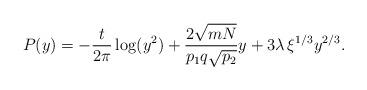
LaTeX: \begin{align*}P(y) = -\frac{t}{2\pi} \log(y^2) + \frac{2\sqrt{mN}}{p_1q \sqrt{p_2}}y + 3 \lambda\,\xi^{1/3} y^{2/3}. \end{align*}